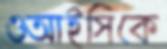
ওআইসিকে